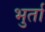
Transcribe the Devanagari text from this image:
भुर्ता